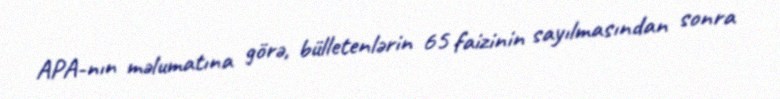
APA-nın məlumatına görə, bülletenlərin 65 faizinin sayılmasından sonra